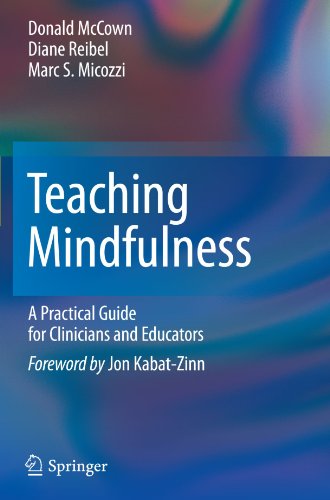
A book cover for Teaching Mindfulness: A Practical Guide for Clinicians and Educators; Donald McCown; Medical Books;